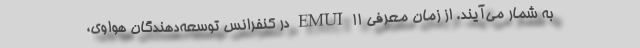
به شمار می‌آیند. از زمان معرفی EMUI 11 در کنفرانس توسعه‌دهندگان هواوی،